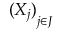
{ ( X _ { j } ) } _ { j \in J }